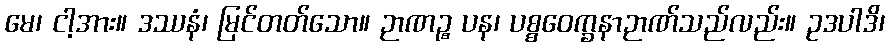
မေ၊ ငါ့အား။ ဒဿနံ၊ မြင်တတ်သော။ ဉာဏဉ္စ ပန၊ ပစ္စဝေက္ခနာဉာဏ်သည်လည်း။ ဥဒပါဒိ၊